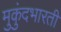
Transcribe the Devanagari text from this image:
मुकुंदभारती